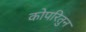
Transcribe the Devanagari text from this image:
कोपरितुन